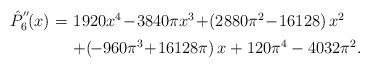
LaTeX: \begin{align*}\begin{array}{rcl}\hat{P}_6^{''}\!(x)\!\!&\!=\!&\!\!1920x^4\!-\!3840\pi x^3\!+\!\left(2880\pi^2\!-\!16128\right)x^2\!\\ [1.0 ex]\!\!&\! \!&\!\! +\!\left(\!-960\pi^3\!+\!16128\pi \right)x+120\pi^4-4032\pi^2.\end{array}\end{align*}